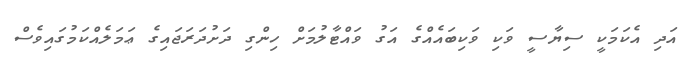
އަދި އެކަމަކީ ސިޔާސީ ވަކި ވަކިބައެއްގެ އަގު ވައްޓާލުމަށް ހިންގި ދަށުދަރަޖައިގެ ޢަމަލެއްކަމުގައިވެސް